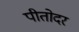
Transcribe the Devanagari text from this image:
पीतोदर